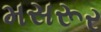
મસરૂર